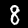
Label: 8